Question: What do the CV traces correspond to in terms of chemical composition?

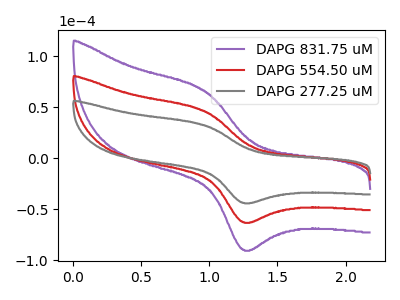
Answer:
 <answer>The purple curve is labeled "DAPG 831.75 uM". The red curve is labeled "DAPG 554.50 uM". The gray curve is labeled "DAPG 277.25 uM".</answer>
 <eval></eval>